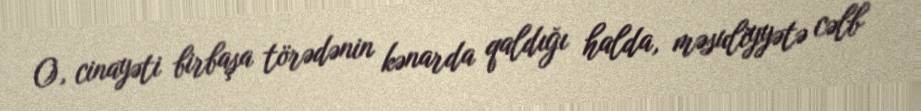
O, cinayəti birbaşa törədənin kənarda qaldığı halda, məsuliyyətə cəlb